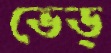
ভেড্